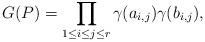
LaTeX: \begin{align*}G(P) = \prod_{1 \leq i \leq j \leq r} \gamma(a_{i,j}) \gamma(b_{i,j}),\end{align*}